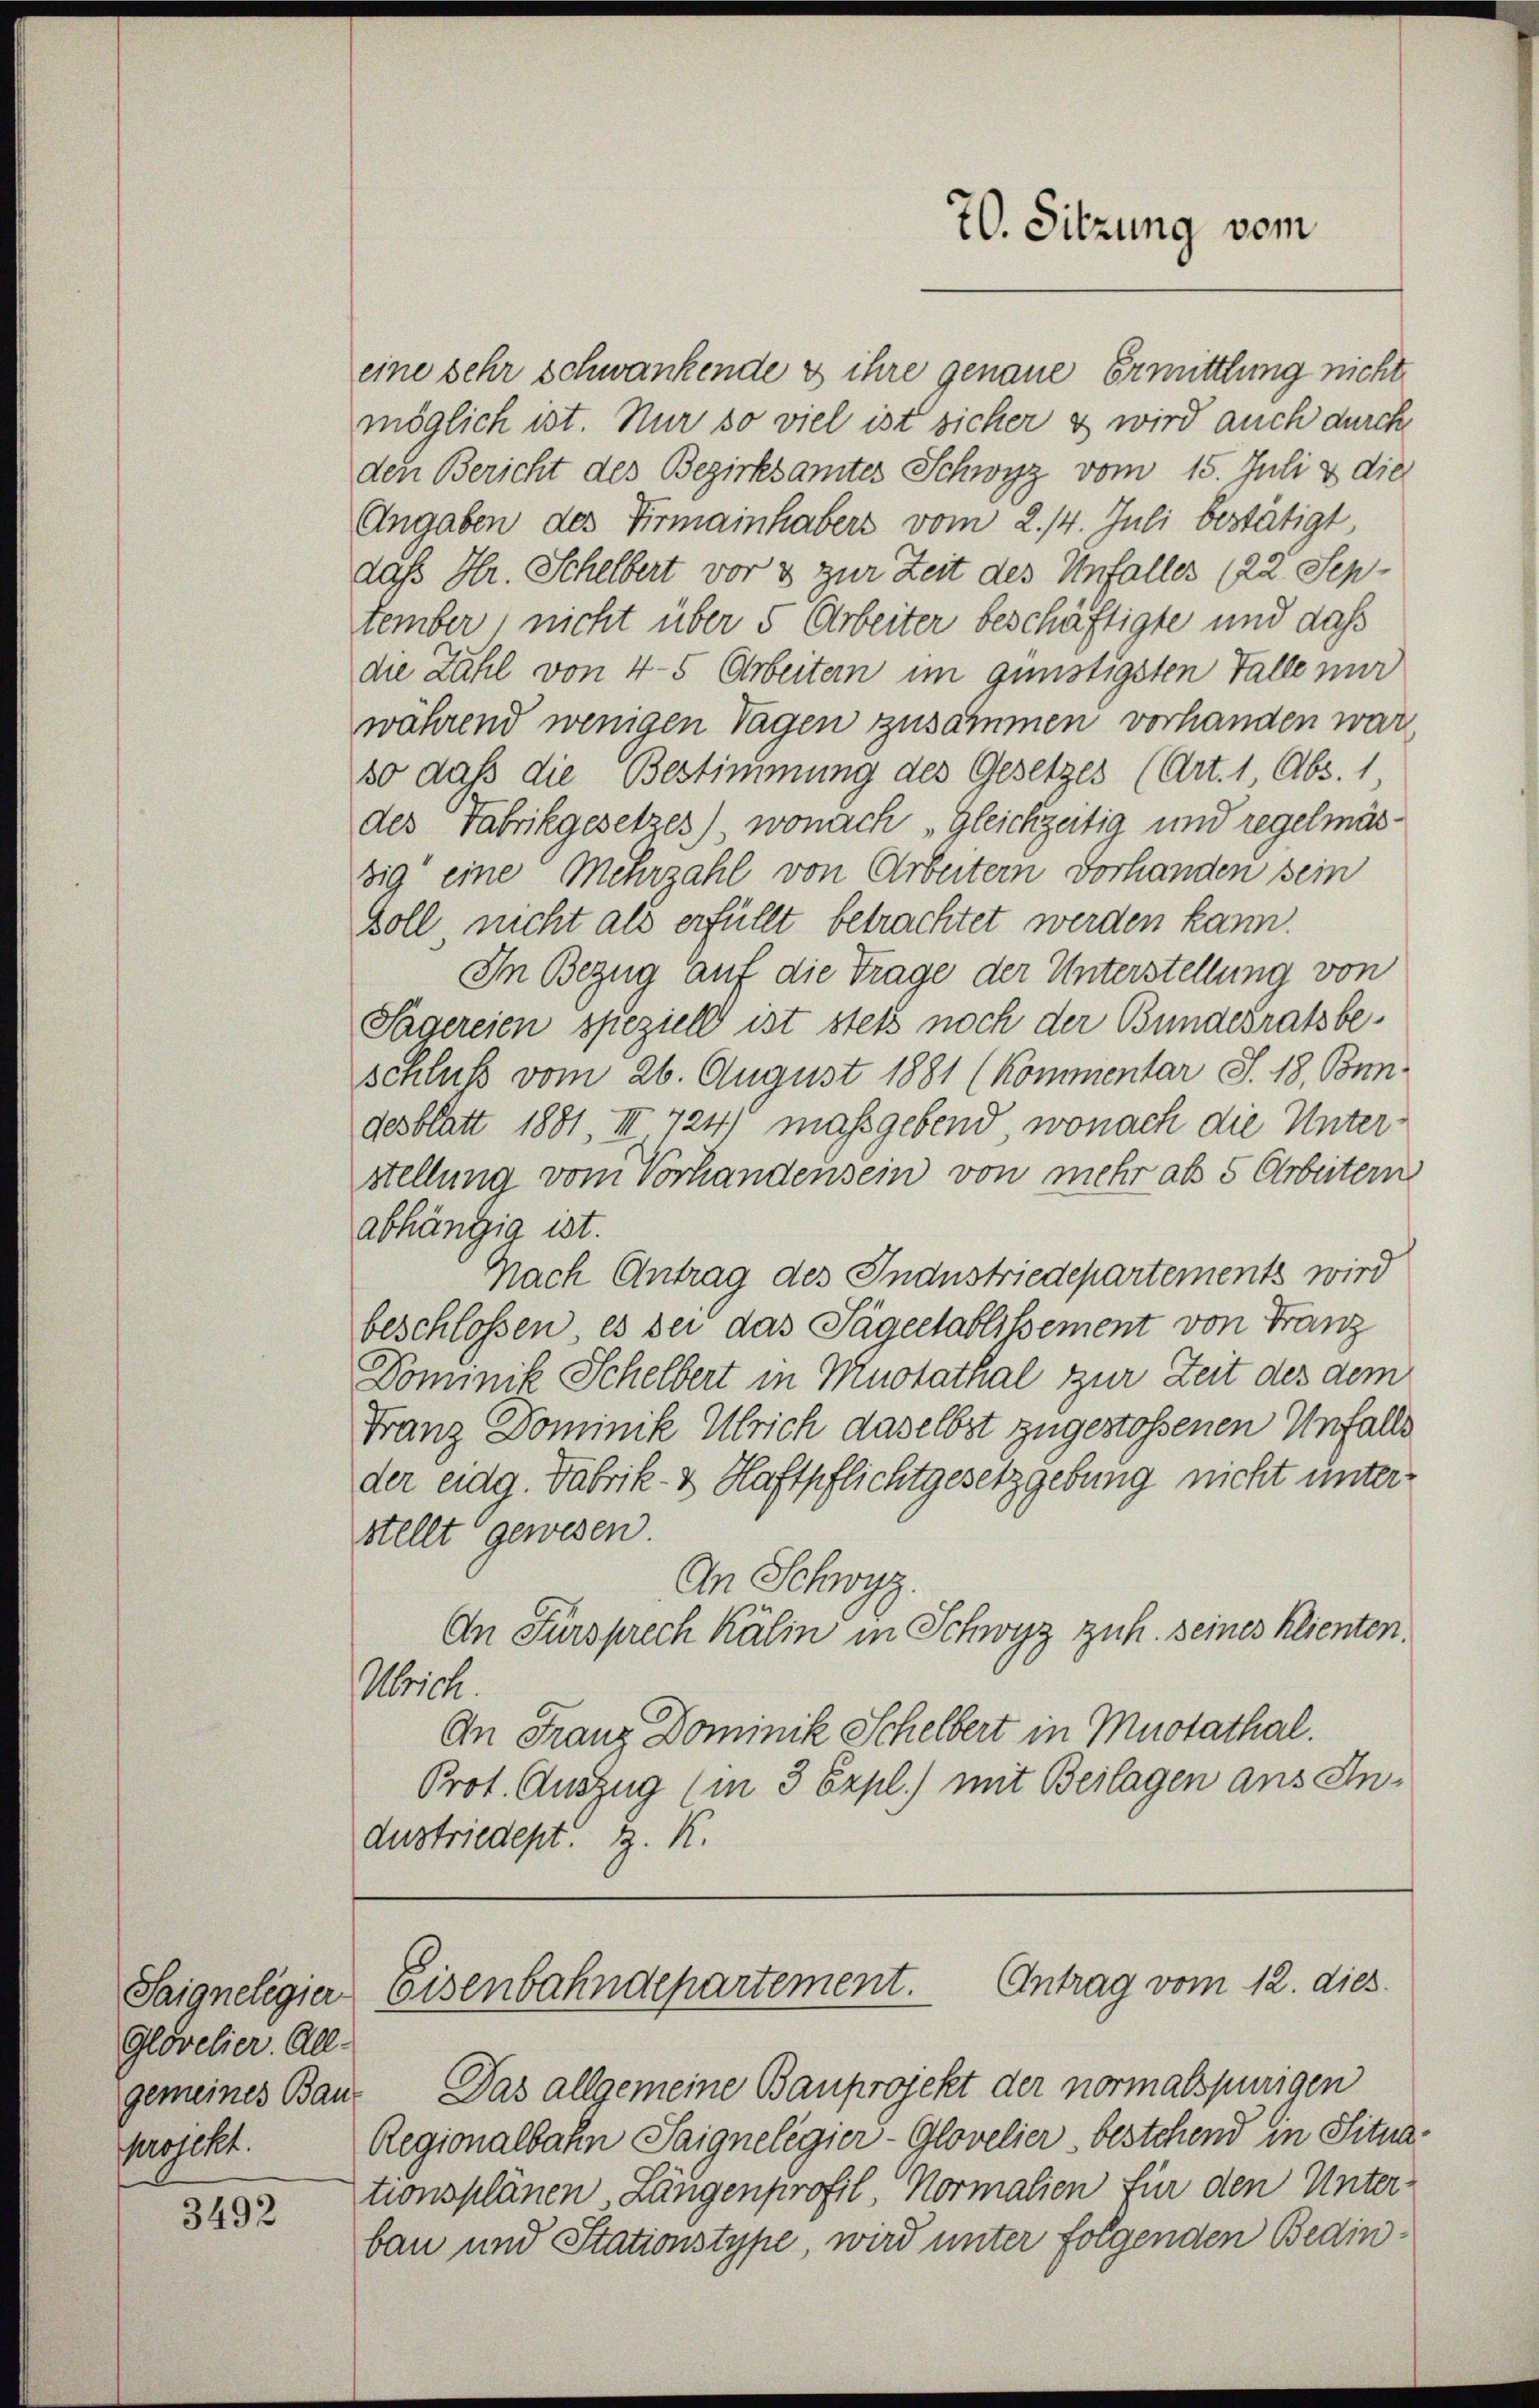
Saigneligier
Glovelier. All-
Projekt.

3492

eine sehr schwankende & ihre genaue Ermittlung nicht
möglich ist. Nur so viel ist sicher es wird auch durch
den Bericht des Bezirksamtes Schwyz vom 15. Juli & die
Angaben des Firmainhabers vom 2./4. Juli bestätigt
daß Hr. Schelbert vor 3 zur Zeit des Unfaller (22. September nicht über 5 Arbeiter beschäftigte und daß
die Zahl von 4-5 Arbeitern im günstigsten Falle nur
während wenigen Tagen zusammen vorhanden war,
so daß die Bestimmung des Gesetzes (Art. 1 Abs. 1
des Fabrikgesetzes), wonach „Gleichzeitig und regelmässig eine Mehrzahl von Arbeitern Vorhanden sein
Goll nicht als erfüllt betrachtet werden kann.
In Bezug auf die Trage der Unterstellung von
Sagereien speziell ist stets noch der Bundesratsbeschluß vom 26. August 1881 (Kommentar S. 18, Bun-
desblatt 1881, III 724) maßgebend, wonach die Unterstellung vom Vorhandensein von mehr als 5 Arbeitern
abhängig ist.
Nach Antrag des Industriedepartements wird
beschlossen, es der das Sägeetablissement von Franz
Dominik Schelbert in Muotathal zur Zeit des dem
Franz Dominik Ulrich daselbst zugestoßenen Unfalls
der eidg. Fabrik- & Haftpflichtgesetzgebung nicht unterstellt gewesen.
An Schwyz.
An Fürsprech Kälin in Schwyz zuh. seines Klienten.
Ulrich.
An Franz Dominik Schelbert in Mustathal.
Prot. Auszug (in 3 Expl.) mit Beilagen ans An¬
Austriedept. z. K.

70. Sitzung vom

Eisenbahndepartement. Antrag vom 12. dies

gemeines Bau- Das allgemeine Bauprojekt der normalspurigen
Regionalbahn Saignelegier-Glovelier, bestehend in Situationsplänen, Längenprofil Normalien für den Unter-
bau und Stationstype, wird unter folgenden Bedin¬